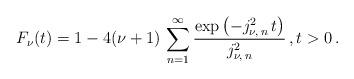
LaTeX: \begin{align*}F _{\nu} (t) = 1- 4 (\nu +1)\, \sum_{n=1}^\infty \frac{\exp \left( - j^2_{\nu , \, n} \, t \right)}{j^2_{\nu , \, n}} \, , t > 0\,. \end{align*}